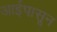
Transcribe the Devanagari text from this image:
आईपासून